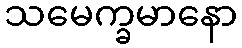
သမေက္ခမာနော